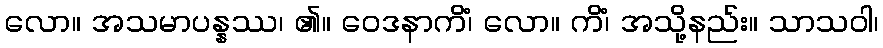
လော။ အသမာပန္နဿ၊ ၏။ ဝေဒနာကိံ၊ လော။ ကိံ၊ အသို့နည်း။ သာသဝါ၊